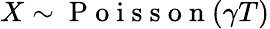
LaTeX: X\sim\mathrm{~P~o~i~s~s~o~n~}(\gamma T)